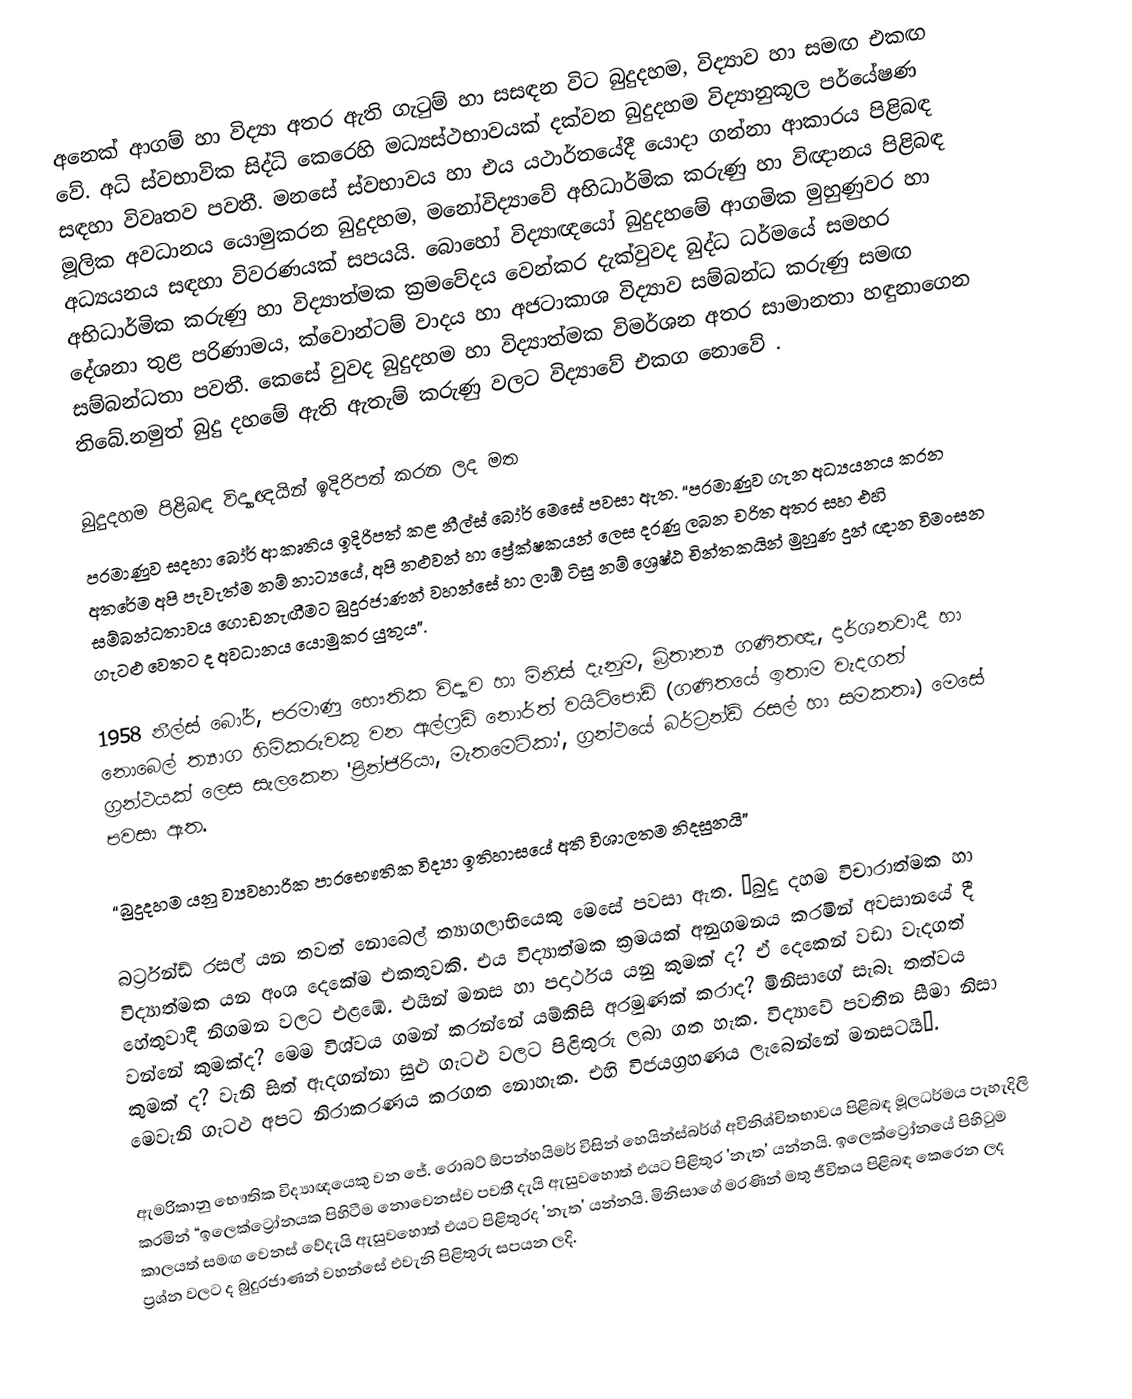
අනෙක් ආගම් හා විද්‍යා අතර ඇති ගැටුම් හා සසඳන විට බුදුදහම, විද්‍යාව හා සමඟ එකඟ වේ. අධි ස්වභාවික සිද්ධි කෙරෙහි මධ්‍යස්ථභාවයක් දක්වන බුදුදහම විද්‍යානුකූල පර්යේෂණ සඳහා විවෘතව පවතී. මනසේ ස්වභාවය හා එය යථාර්තයේදී යොදා ගන්නා ආකාරය පිළිබඳ මූලික අවධානය යොමුකරන බුදුදහම, මනෝවිද්‍යාවේ අභිධාර්මික කරුණු හා විඥානය පිළිබඳ අධ්‍යයනය සඳහා විවරණයක් සපයයි. බොහෝ විද්‍යාඥයෝ බුදුදහමේ ආගමික මුහුණුවර හා අභිධාර්මික කරුණු හා විද්‍යාත්මක ක්‍රමවේදය වෙන්කර දැක්වුවද බුද්ධ ධර්මයේ සමහර දේශනා තුළ පරිණාමය, ක්වොන්ටම් වාදය හා අජටාකාශ විද්‍යාව සම්බන්ධ කරුණු සමඟ සම්බන්ධතා පවතී. කෙසේ වුවද බුදුදහම හා විද්‍යාත්මක විමර්ශන අතර සාමානතා හඳුනාගෙන තිබේ.නමුත් බුදු දහමේ ඇති ඇතැම් කරුණු වලට විද්‍යාවේ එකග නොවේ .

බුදුදහම පිළිබඳ විද්‍යාඥයින් ඉදිරිපත් කරන ලද මත
පරමාණුව සදහා බෝර් ආකෘතිය ඉදිරිපත් කළ නීල්ස් ‍බෝර් මෙසේ පවසා ඇත. “පරමාණුව ගැන අධ්‍යයනය කරන අතරේම අපි පැවැත්ම නම් නාට්‍යයේ, අපි නළුවන් ‍හා ප්‍රේක්ෂකයන් ලෙස දරණු ලබන චරිත අතර සහ එහි සම්බන්ධතාවය ගොඩනැඟීමට බුදුරජාණන් වහන්සේ හා ලාඕ ටිසු නම් ශ්‍රෙෂ්ඨ චින්තකයින් මුහුණ දුන් ඥාන විමංසන ගැටළු වෙතට ද අවධානය යොමුකර යුතුය”.

1958 නීල්ස් බෝර්, පරමාණු භෞතික විද්‍යාව හා මිනිස් දැනුම, බ්‍රිතාන්‍ය ගණිතඥ, දාර්ශනවාදී හා නොබෙල් ත්‍යාග හිමිකරුවකු වන ඇල්ෆ්‍රඩ් ‍නොර්ත් වයිට්පොඩ් (ගණිතයේ ඉතාම වැදගත් ග්‍රන්ථයක් ලෙස සැලකෙන 'ප්‍රින්ජිරියා, මැතමෙටිකා', ග්‍රන්ථයේ බර්ට්‍රන්ඩ් රසල් හා සමකතෘ) මෙසේ පවසා ඇත.

“බුදුදහම යනු ව්‍යවහාරික පාරභෞතික විද්‍යා ඉතිහාසයේ අති විශාලතම නිදසුනයි”

බර්ට්‍රන්ඩ් රසල් යන තවත් නොබෙල් ත්‍යාගලාභියෙකු මෙසේ පවසා ඇත. “බුදු දහම විචාරාත්මක හා විද්‍යාත්මක යන අංශ දෙකේම එකතුවකි. එය විද්‍යාත්මක ක්‍රමයක් අනුගමනය කරමින් අවසාන‍යේ දී හේතුවාදී නිගමන වලට එළඹේ. එයින් මනස හා පදාර්ථය යනු කුමක් ද? ඒ දෙකෙන් වඩා වැදගත් වන්නේ කුමක්ද? මෙම විශ්වය ගමන් කරන්නේ යම්කිසි අරමුණක් කරාද? මිනිසාගේ සැබෑ තත්වය කුමක් ද? වැනි සිත් ඇදගන්නා සුළු ගැටළු වලට පිළිතුරු ලබා ගත හැක. විද්‍යාවේ පවතින සීමා නිසා මෙවැනි ගැටළු අපට නිරාකරණය කරගත නොහැක. එහි විජයග්‍රහණය ලැබෙන්නේ මනසටයි”.

ඇමරිකානු‍ භෞතික විද්‍යාඥයෙකු වන ජේ. රොබට් ඕපන්හයිමර් විසින් හෙයින්ස්බර්ග් අවිනිශ්චිතභාවය පිළිබඳ මූලධර්මය පැහැදිලි කරමින් “ඉලෙක්ට්‍රෝනයක පිහිටීම නොවෙනස්ව පවතී දැයි ඇසුවහොත් එයට පිළිතුර 'නැත' යන්නයි. ඉලෙක්ට්‍රෝනයේ පිහිටුම කාලයත් සමඟ වෙනස් වේදැයි ඇසුවහොත් එයට පිළිතුරද 'නැත' යන්නයි. මිනිසාගේ මරණින් මතු ජීවිතය පිළිබඳ කෙරෙන ලද ප්‍රශ්න වලට ද බුදුරජාණන් වහන්සේ එවැනි පිළිතුරු සපයන ලදි.